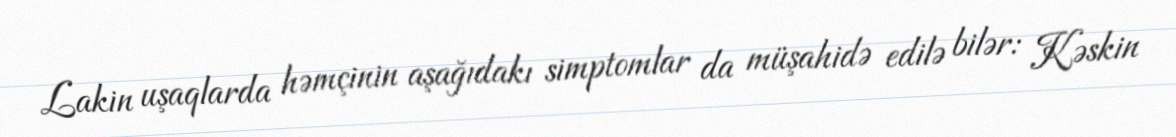
Lakin uşaqlarda həmçinin aşağıdakı simptomlar da müşahidə edilə bilər: Kəskin